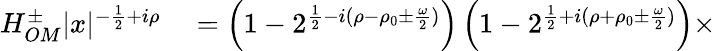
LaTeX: \begin{array}{rl}{H_{OM}^{\pm}|x|^{-\frac{1}{2}+i\rho}}&{{}=\left(1-2^{\frac{1}{2}-i(\rho-\rho_{0}\pm\frac{\omega}{2})}\right)\left(1-2^{\frac{1}{2}+i(\rho+\rho_{0}\pm\frac{\omega}{2})}\right)\times}\end{array}